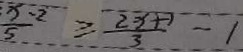
\frac { x - 2 } { 5 } \geq \frac { 2 x + 1 } { 3 } = 1